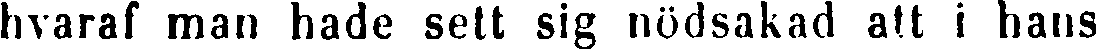
hvaraf man hade sett sig nödsakad att i hans